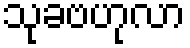
သုခဗဟုလာ